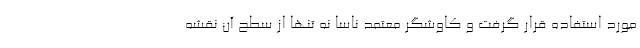
مورد استفاده قرار گرفت و کاوشگر معتمد ناسا نه تنها از سطح آن نقشه